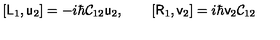
[ \mathsf { L } _ { 1 } , \mathsf { u } _ { 2 } ] = - i \hbar \mathsf { \mathcal { C } } _ { 1 2 } \mathsf { u } _ { 2 } , \qquad [ \mathsf { R } _ { 1 } , \mathsf { v } _ { 2 } ] = i \hbar \mathsf { v } _ { 2 } \mathsf { \mathcal { C } } _ { 1 2 }